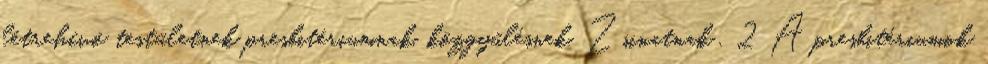
létrehívó testületnek presbitériumnak, közgyűlésnek. Zsinatnak . 2 A presbitériumok